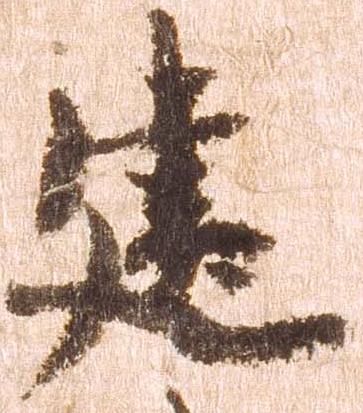
建